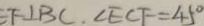
F \bot B C . \angle E C F = 4 5 ^ { \circ }